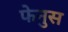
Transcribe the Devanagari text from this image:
फेनुस